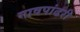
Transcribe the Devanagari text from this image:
गावपांढरी